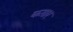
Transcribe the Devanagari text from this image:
कग़ार